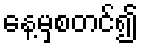
နေ့မှစတင်၍